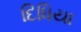
દિધિયા